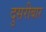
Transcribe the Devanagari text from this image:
दुसरीबार